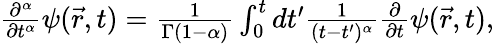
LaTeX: \begin{array}{r}{\frac{\partial^{\alpha}}{\partial t^{\alpha}}\psi(\vec{r},t)=\frac{1}{\Gamma\left(1-\alpha\right)}\int_{0}^{t}dt^{\prime}\frac{1}{(t-t^{\prime})^{\alpha}}\frac{\partial}{\partial t}\psi(\vec{r},t),}\end{array}